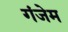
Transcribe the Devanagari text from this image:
गंजेम